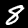
Label: 8